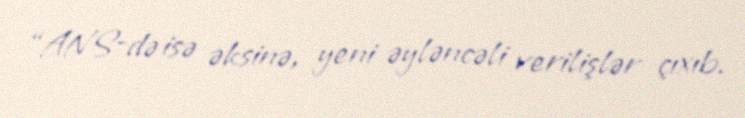
“ANS-də isə əksinə, yeni əyləncəli verilişlər çıxıb.